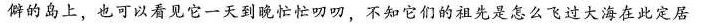
僻的岛上，也可以看见它一天到晚忙忙叨叨，不知它们的祖先是怎么飞过大海在此定居